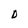
Character: D